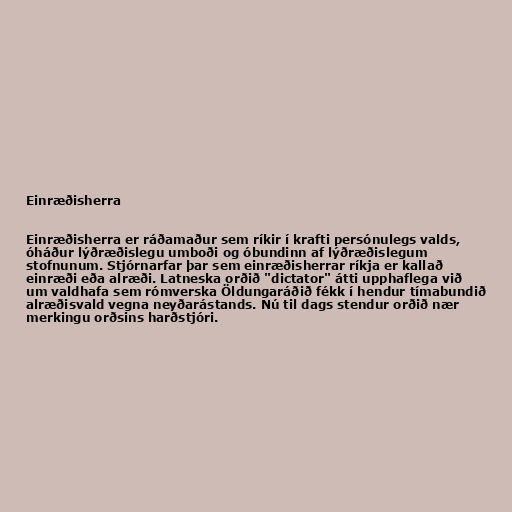
Einræðisherra

Einræðisherra er ráðamaður sem ríkir í krafti persónulegs valds,
óháður lýðræðislegu umboði og óbundinn af lýðræðislegum
stofnunum. Stjórnarfar þar sem einræðisherrar ríkja er kallað
einræði eða alræði. Latneska orðið "dictator" átti upphaflega við
um valdhafa sem rómverska Öldungaráðið fékk í hendur tímabundið
alræðisvald vegna neyðarástands. Nú til dags stendur orðið nær
merkingu orðsins harðstjóri.